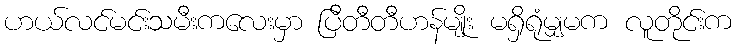
ဟယ်လင်မင်းသမီးကလေးမှာ ပြီတီတီဟန်မျိုး မရှိရုံမျှမက လူတိုင်းက